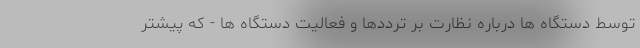
توسط دستگاه ها درباره نظارت بر ترددها و فعالیت دستگاه ها - که پیشتر